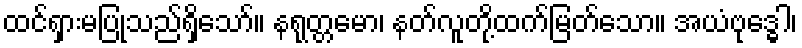
ထင်ရှားမပြုသည်ရှိသော်။ နရုတ္တမော၊ နတ်လူတို့ထက်မြတ်သော။ အယံဗုဒ္ဓေါ၊